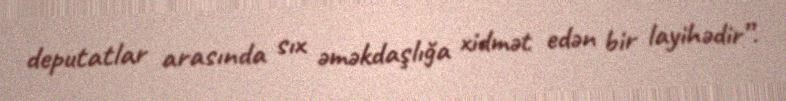
deputatlar arasında sıx əməkdaşlığa xidmət edən bir layihədir”.